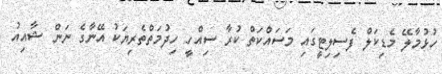
ހުޅުމާލޭ މެޑިކަލް ފެސިލިޓީގައި މަސައްކަތް ކުރާ ސިއްހީ ހިދުމަތްތެރިޔަކު އޭނާގެ ނަން ޝާއިއު